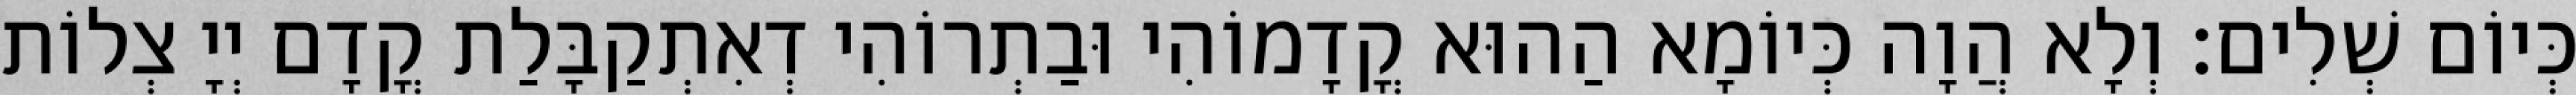
כְּיוֹם שְׁלִים׃ וְלָא הֲוָה כְּיוֹמָא הַהוּא קֳדָמוֹהִי וּבַתְרוֹהִי דְאִתְקַבָּלַת קֳדָם יְיָ צְלוֹת